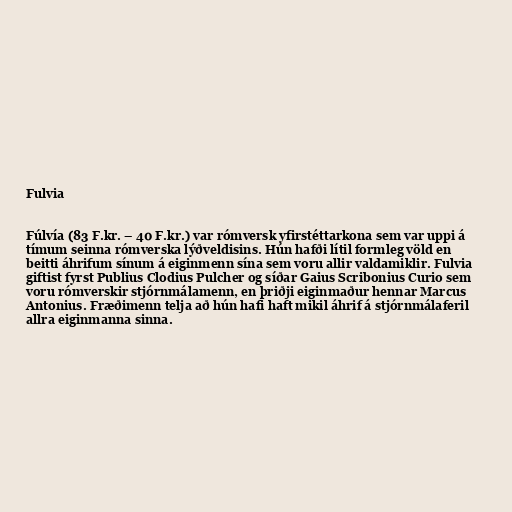
Fulvia

Fúlvía (83 F.kr. – 40 F.kr.) var rómversk yfirstéttarkona sem var uppi á
tímum seinna rómverska lýðveldisins. Hún hafði lítil formleg völd en
beitti áhrifum sínum á eiginmenn sína sem voru allir valdamiklir. Fulvia
giftist fyrst Publius Clodius Pulcher og síðar Gaius Scribonius Curio sem
voru rómverskir stjórnmálamenn, en þriðji eiginmaður hennar Marcus
Antonius. Fræðimenn telja að hún hafi haft mikil áhrif á stjórnmálaferil
allra eiginmanna sinna.